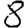
Digit: 8